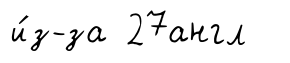
и́з-за 27англ